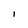
Character: I